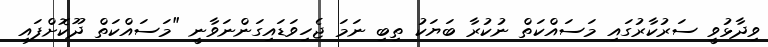
ވިދާޅުވީ ސަރުކާރުގައި މަސައްކަތް ނުކުރާ ބަޔަކު ތިބި ނަމަ ޖެހިވަޑައިގަންނަވާނީ "މަސައްކަތް ދޫކޮށްފައި